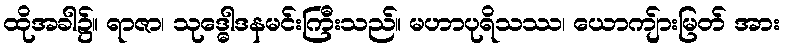
ထိုအခါ၌။ ရာဇာ၊ သုဒ္ဓေါဒနမင်းကြီးသည်။ မဟာပုရိသဿ၊ ယောကျ်ားမြတ် အား